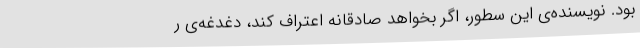
بود. نویسنده‌ی این سطور، اگر بخواهد صادقانه اعتراف کند، دغدغه‌ی ر